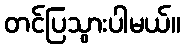
တင်ပြသွားပါမယ်။